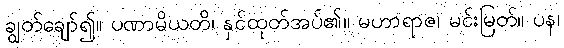
ချွတ်ချော်၍။ ပဏာမိယတိ၊ နှင်ထုတ်အပ်၏။ မဟာရာဇ၊ မင်းမြတ်။ ပန၊